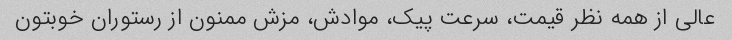
عالی از همه نظر قیمت، سرعت پیک، موادش، مزش ممنون از رستوران خوبتون